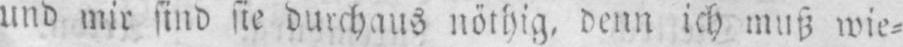
und mir sind sie durchaus nöthig. denn ich muß wie⸗